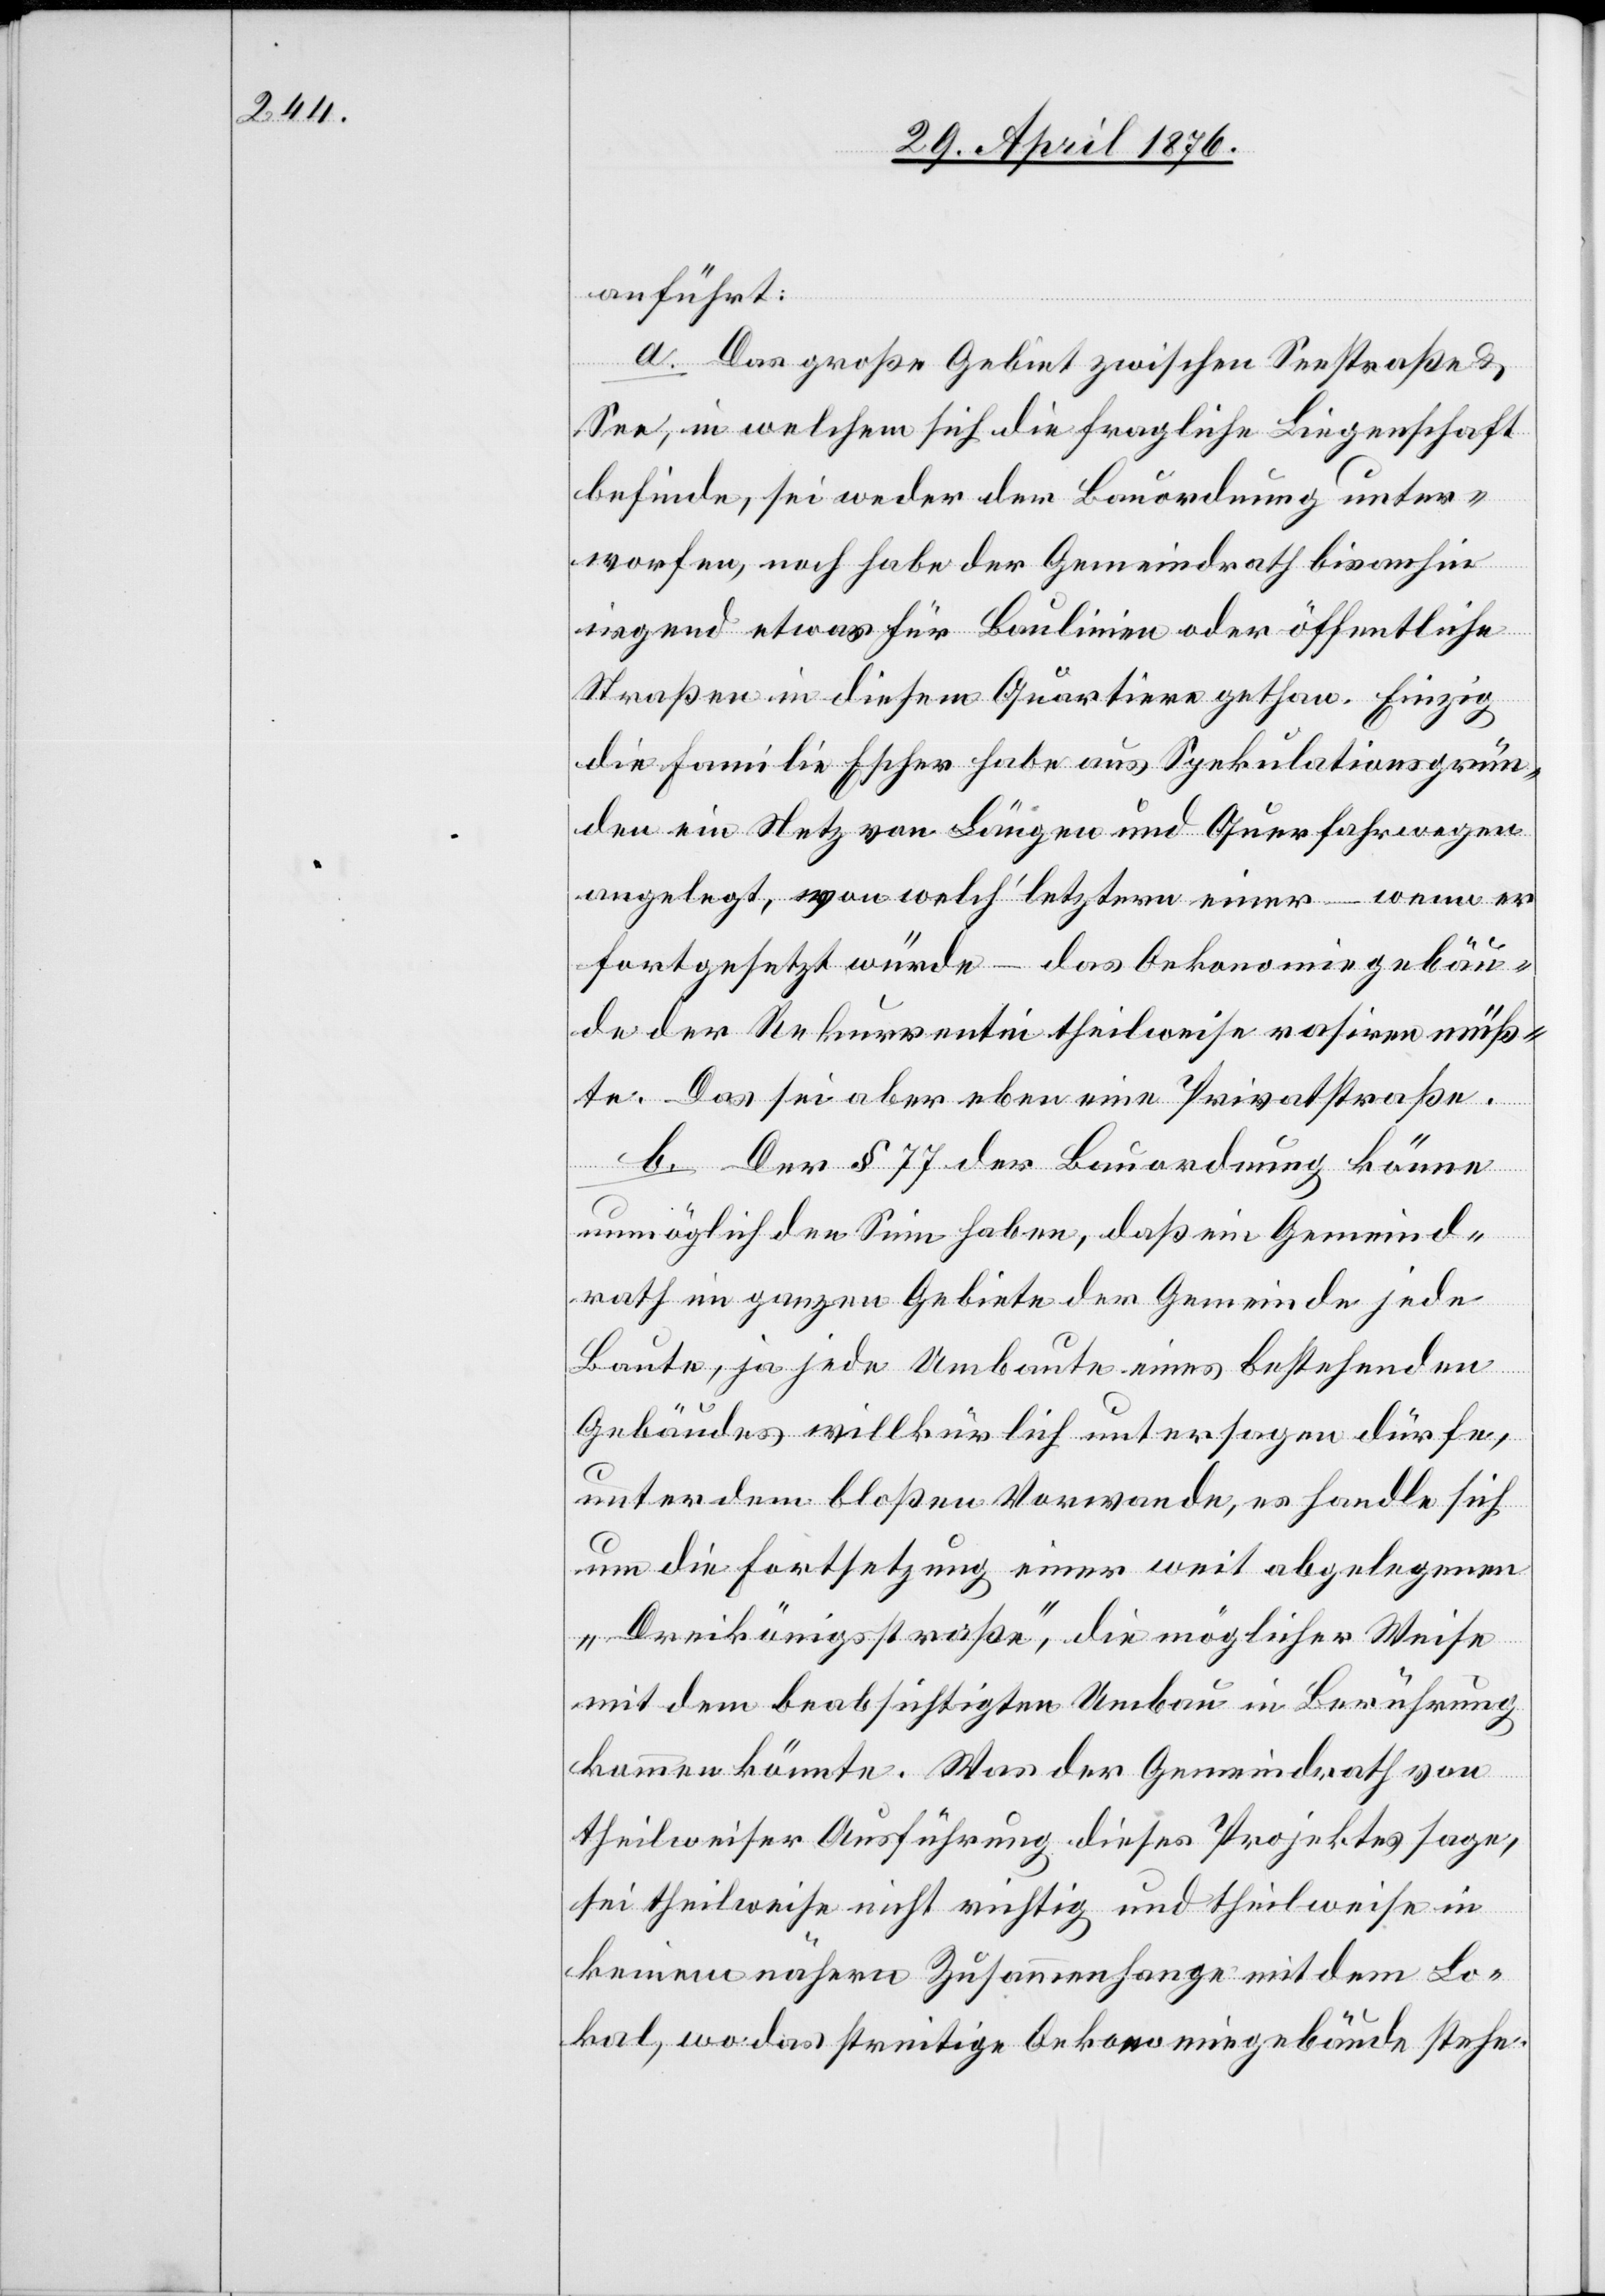
anführt:
a. Das große Gebiet zwischen Seestraße &
See, in welchem sich die fragliche Liegenschaft
befinde, sei weder der Bauordnung unter¬
worfen, noch habe der Gemeindrath bis anhin
irgend etwas für Baulinien oder öffentliche
Straßen in diesem Quartiere gethan. Einzig
die Familie Escher habe aus Spekulationsgrün¬
den ein Netz von Längen und Querfahrwegen
angelegt, von welch’ letztern einer – wenn er
fortgesetzt würde – das Oekonomiegebäu¬
de der Rekurrentin theilweise rasiren müß¬
te. Das sei aber eben eine Privatstraße.
b. Der § 77 der Bauordnung könne
unmöglich den Sinn haben, daß ein Gemeind¬
rath im ganzen Gebiete der Gemeinde jede
Baute, ja jede Umbaute eines bestehenden
Gebäudes willkürlich untersagen dürfe,
unter dem bloßen Vorwande, es handle sich
um die Fortsetzung jener weit abgelegenen
„Dreikönigsstraße“, die möglicher Weise
mit dem beabsichtigten Umbau in Berufung
kommen könnte. Was der Gemeindrath von
theilweiser Ausführung dieses Projektes sage,
sei theilweise nicht richtig und theilweise in
keinem nähern Zusammenhange mit dem Lo¬
kal, wo das streitige Oekonomiegebäude stehe.